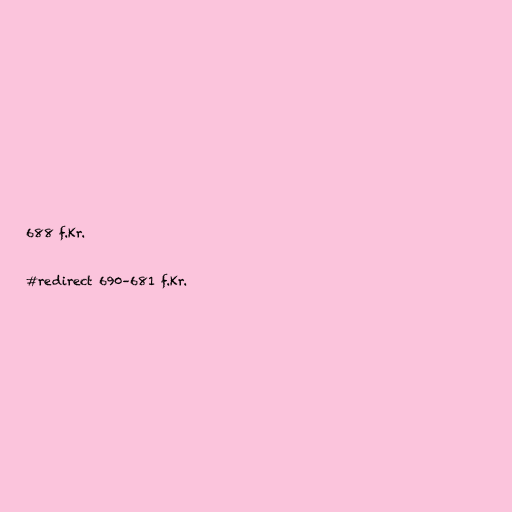
688 f.Kr.

#redirect 690–681 f.Kr.